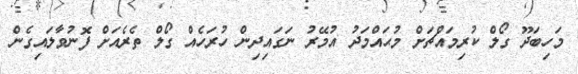
މަހިބަދޫ ގޯލް ކުރިމައްޗަށް މުޙައްމަދު އުމޭރު ނަގައިދިން ހުރަހެއް ގޯލް ތެރެއަށް ފޮނުވާލައިގެން